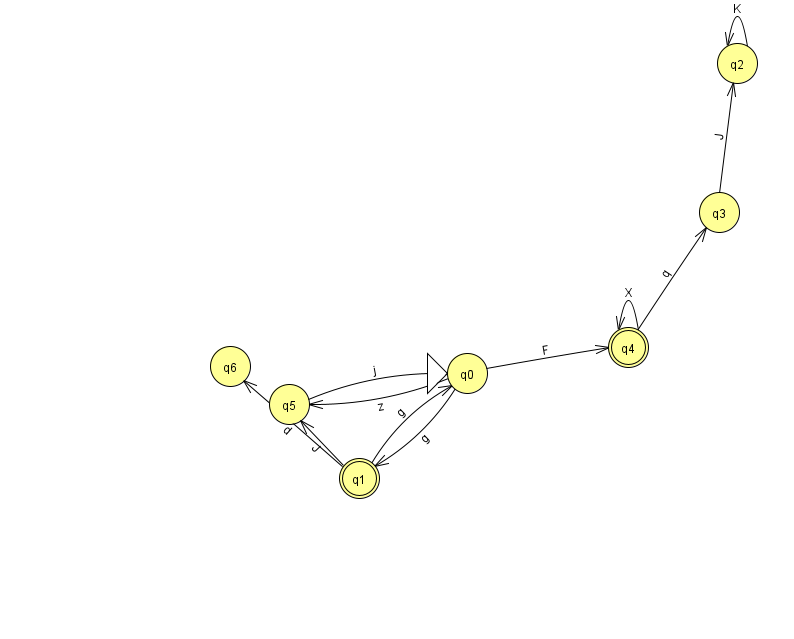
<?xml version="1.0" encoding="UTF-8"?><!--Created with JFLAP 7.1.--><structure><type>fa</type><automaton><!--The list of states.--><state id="0" name="q0"><x>467.0</x><y>360.0</y><initial/></state><state id="1" name="q1"><x>359.0</x><y>465.0</y><final/></state><state id="2" name="q2"><x>737.0</x><y>50.0</y></state><state id="3" name="q3"><x>719.0</x><y>199.0</y></state><state id="4" name="q4"><x>628.0</x><y>334.0</y><final/></state><state id="5" name="q5"><x>289.0</x><y>391.0</y></state><state id="6" name="q6"><x>230.0</x><y>353.0</y></state><!--The list of transitions.--><transition><from>0</from><to>5</to><read>z</read></transition><transition><from>5</from><to>0</to><read>j</read></transition><transition><from>4</from><to>3</to><read>q</read></transition><transition><from>1</from><to>6</to><read>d</read></transition><transition><from>4</from><to>4</to><read>X</read></transition><transition><from>0</from><to>4</to><read>F</read></transition><transition><from>3</from><to>2</to><read>J</read></transition><transition><from>0</from><to>1</to><read>g</read></transition><transition><from>1</from><to>0</to><read>g</read></transition><transition><from>2</from><to>2</to><read>K</read></transition><transition><from>1</from><to>5</to><read>J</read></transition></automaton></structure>